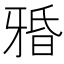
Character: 𤘏